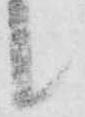
候